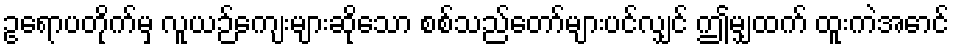
ဥရောပတိုက်မှ လူယဉ်ကျေးများဆိုသော စစ်သည်တော်များပင်လျှင် ဤမျှထက် ထူးကဲအောင်